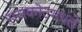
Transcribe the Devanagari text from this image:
राजकोटमधले